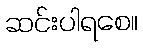
ဆင်းပါရစေ။